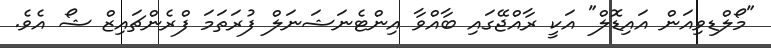
"މޯލްޑިވިއަން އައިޑޮލް" އަކީ ރާއްޖޭގައި ބާއްވާ އިންޓެނަޝަނަލް ފުރަތަމަ ފްރެންޗައިޒް ޝޯ އެވެ.